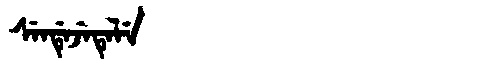
Manchu: ᠰᡝᠨᡩᡝᠵᡝᡨᡝᠯᡝ
Romanization: SENDEJETELE